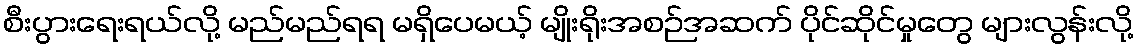
စီးပွားရေးရယ်လို့ မည်မည်ရရ မရှိပေမယ့် မျိုးရိုးအစဉ်အဆက် ပိုင်ဆိုင်မှုတွေ များလွန်းလို့